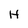
Character: H